Scottish Certificate of Education, 1963
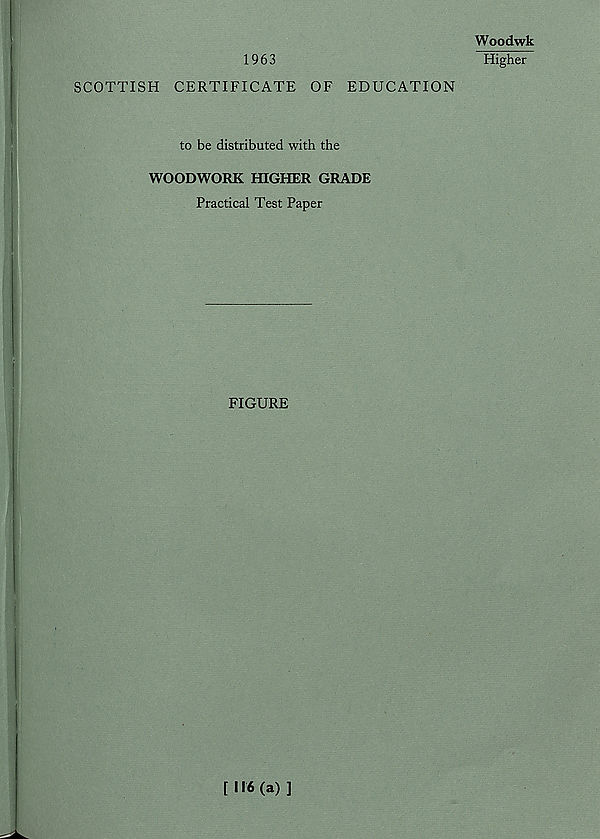
1963
SCOTTISH CERTIFICATE OF EDUCATION
to be distributed with the
WOODWORK HIGHER GRADE
Practical Test Paper
FIGURE
Woodwk
Higher
[116 (a)]